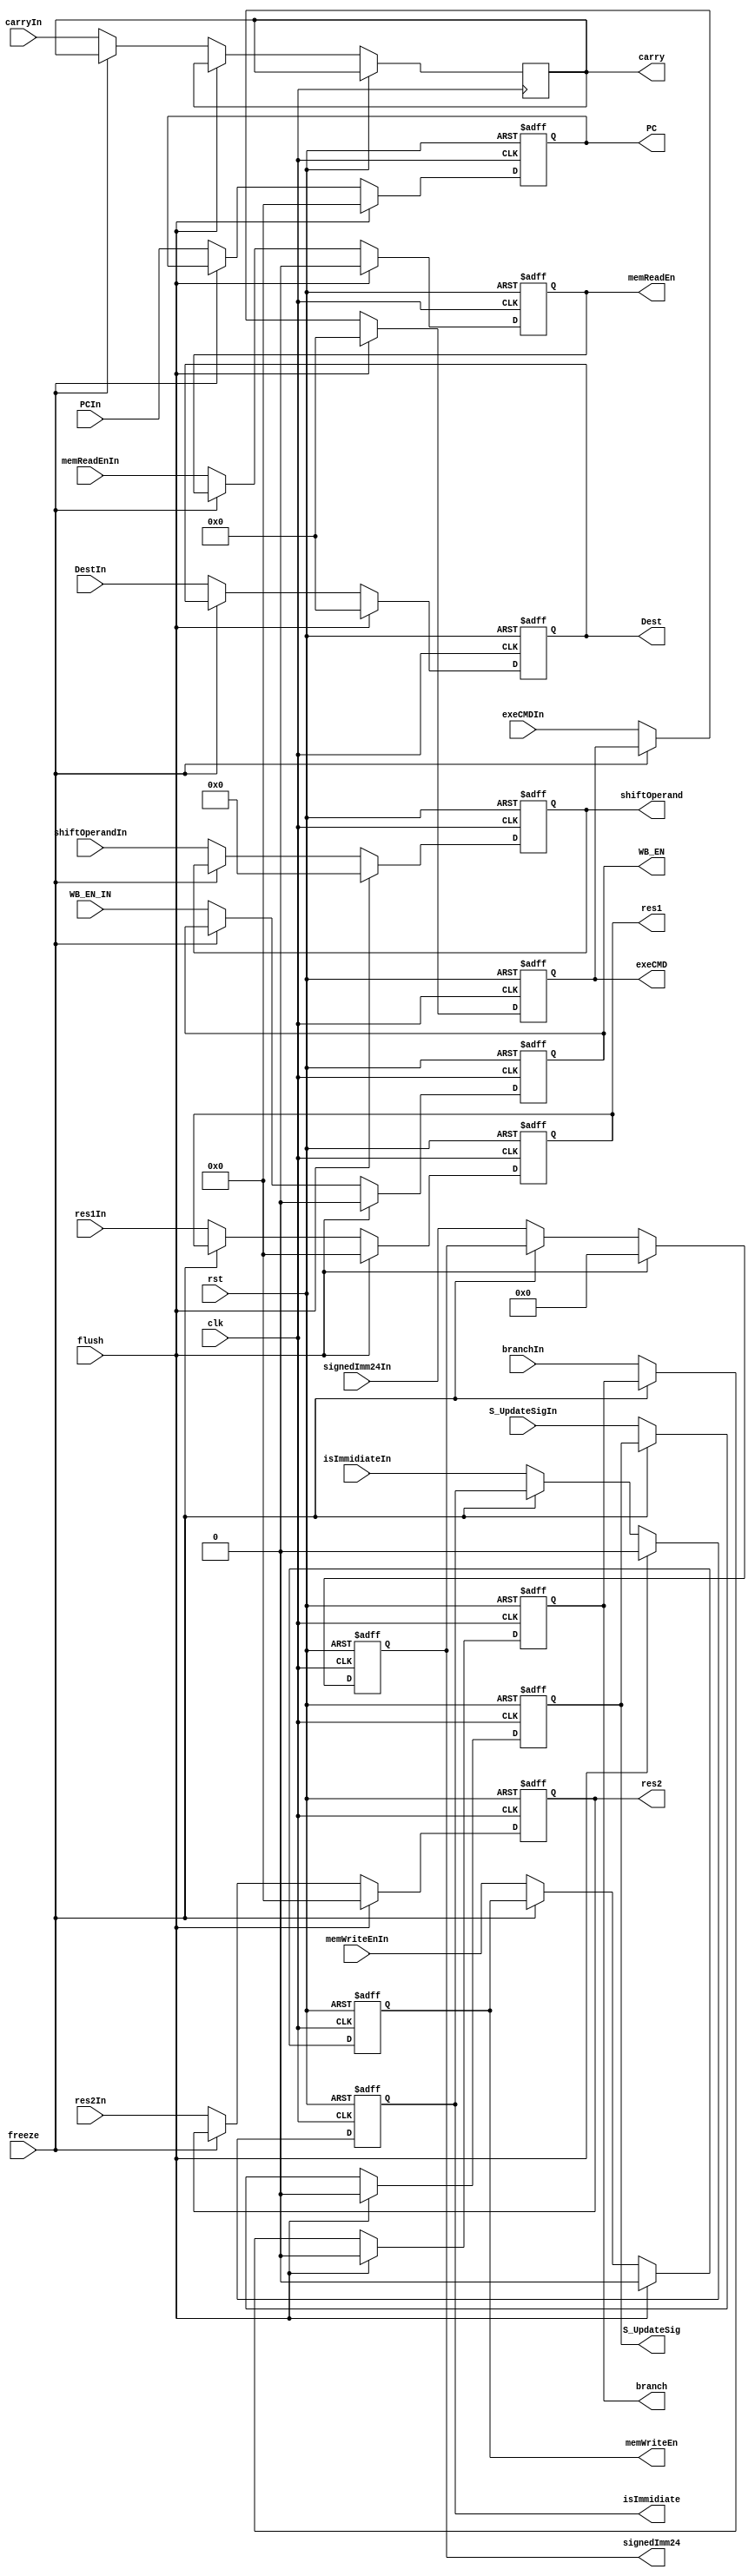
`timescale 1ns/1ns

module IDStageReg(rst, clk, freeze, flush, S_UpdateSigIn, branchIn, memWriteEnIn, memReadEnIn,
 WB_EN_IN, exeCMDIn, res1In, res2In, PCIn, signedImm24In, DestIn, isImmidiateIn, shiftOperandIn, carryIn,
  S_UpdateSig, branch, memWriteEn, memReadEn, WB_EN, exeCMD, res1, res2, PC, signedImm24, Dest,
   isImmidiate, shiftOperand, carry);

  input clk, rst, freeze, flush;
  input S_UpdateSigIn, branchIn, memWriteEnIn, memReadEnIn, WB_EN_IN;
  input[3:0] exeCMDIn;
  input[31:0] res1In, res2In;
  input[31:0] PCIn;
  input[23:0] signedImm24In;
  input[3:0] DestIn;
  input isImmidiateIn;
  input[11:0] shiftOperandIn;
  input carryIn;

  output reg S_UpdateSig, branch, memWriteEn, memReadEn, WB_EN;
  output reg[3:0] exeCMD;
  output reg[31:0] res1, res2;
  output reg[31:0] PC;
  output reg[23:0] signedImm24;
  output reg[3:0] Dest;
  output reg isImmidiate;
  output reg[11:0] shiftOperand;
  output reg carry;
  

  always@(posedge clk, posedge rst) begin
    if(rst) begin
        {S_UpdateSig, branch, memWriteEn, memReadEn, WB_EN, exeCMD, res1, res2, PC, signedImm24, Dest,
        isImmidiate, shiftOperand} <= 0;
    end
    else if(flush) begin
        {S_UpdateSig, branch, memWriteEn, memReadEn, WB_EN, exeCMD, res1, res2, PC, signedImm24, Dest,
        isImmidiate, shiftOperand} <= 0;
    end
    else if(freeze == 1'b0) begin
        S_UpdateSig  <= S_UpdateSigIn;
        branch       <= branchIn;
        memWriteEn   <= memWriteEnIn;
        memReadEn    <= memReadEnIn;
        WB_EN  <= WB_EN_IN;
        exeCMD       <= exeCMDIn;
        res1         <= res1In;
        res2         <= res2In;
        PC           <= PCIn;
        signedImm24  <= signedImm24In;
        Dest          <= DestIn;
        isImmidiate  <= isImmidiateIn;
        shiftOperand <= shiftOperandIn;
        carry        <= carryIn;
    end
  end
endmodule